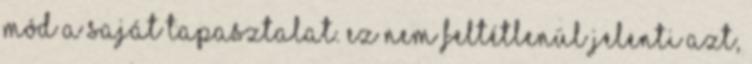
mód a saját tapasztalat. Ez nem feltétlenül jelenti azt,